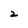
Character: 2